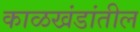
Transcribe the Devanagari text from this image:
काळखंडांतील